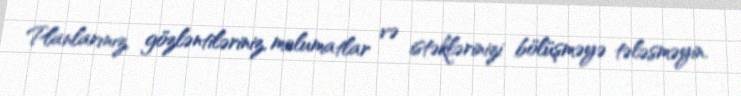
Planlarınız, gözləntiləriniz, məlumatlar və istəklərinizi bölüşməyə tələsməyin.